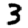
Digit: 3